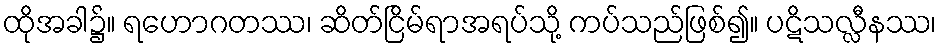
ထိုအခါ၌။ ရဟောဂတဿ၊ ဆိတ်ငြိမ်ရာအရပ်သို့ ကပ်သည်ဖြစ်၍။ ပဋိသလ္လီနဿ၊